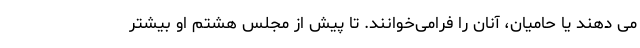
می دهند یا حامیان، آنان را فرامی‌خوانند. تا پیش از مجلس هشتم او بیشتر